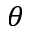
\theta